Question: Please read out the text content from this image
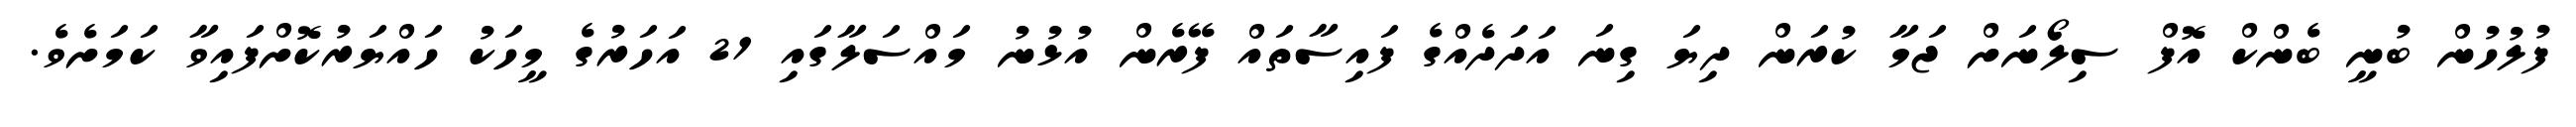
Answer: ފުލުހުން ބުނީ ބެންކް އޮފް ސިލޯނަށް ޖަމާ ކުރަން ދިޔަ ގިނަ އަދަދެއްގެ ފައިސާތައް ފޭރެން އުޅުނު މައްސަލާގައި 21 އަހަރުގެ މީހަކު ހައްޔަރުކޮށްފައިވާ ކަމަށެވެ.